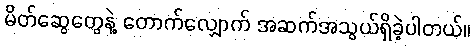
မိတ်ဆွေတွေနဲ့ တောက်လျှောက် အဆက်အသွယ်ရှိခဲ့ပါတယ်။